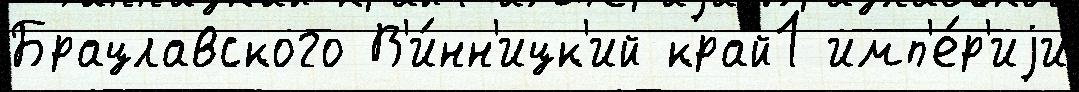
Брацлавского В'и́нн'ицк'ий край1 имп'е́р'иjи